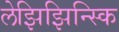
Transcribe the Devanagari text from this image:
लेझिझिन्स्कि